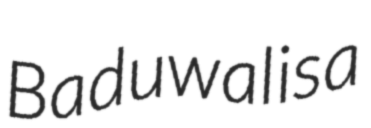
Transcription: Baduwal is a